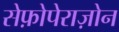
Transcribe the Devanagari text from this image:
सेफ़ोपेराज़ोन